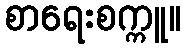
စာရေးစက္ကူ။